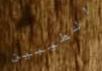
الطيبين